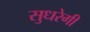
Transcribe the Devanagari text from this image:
सुधरेगी